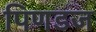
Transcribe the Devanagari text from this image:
पिणडज